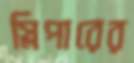
স্লিপারের